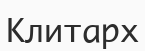
Клитарх